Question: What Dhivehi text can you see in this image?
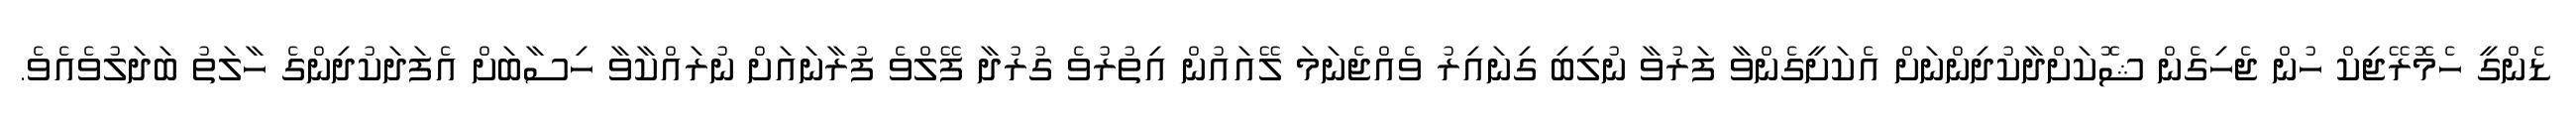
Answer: ޑެންގީ ހެމޮރޭޖިކް ހުން ޖެހިގެން ޝޮކަށްދާކުދިންނަށް އެކަށީގެންވާ ފަރުވާ ނުލިބި ގިނައިރު ވެއްޖެނަމަ ލޭއައުން އިތުރުވެ ގުރުދާ ފޭލްވެ ފުރާނައަށް ނުރައްކާވާ ހިސާބަށް އެފަދަކުދިންގެ ހާލަތު ބަދަލުވެއެވެ.